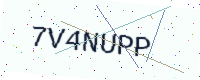
Text: 7V4NUPP